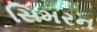
સિમરન